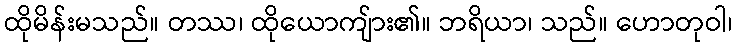
ထိုမိန်းမသည်။ တဿ၊ ထိုယောကျ်ား၏။ ဘရိယာ၊ သည်။ ဟောတုဝါ၊